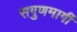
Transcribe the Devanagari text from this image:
सगुणमार्गी